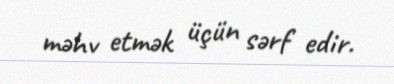
məhv etmək üçün sərf edir.